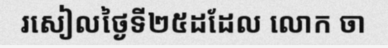
រសៀលថ្ងៃទី២៥ដដែល លោក ចា